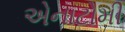
એનાટોમી